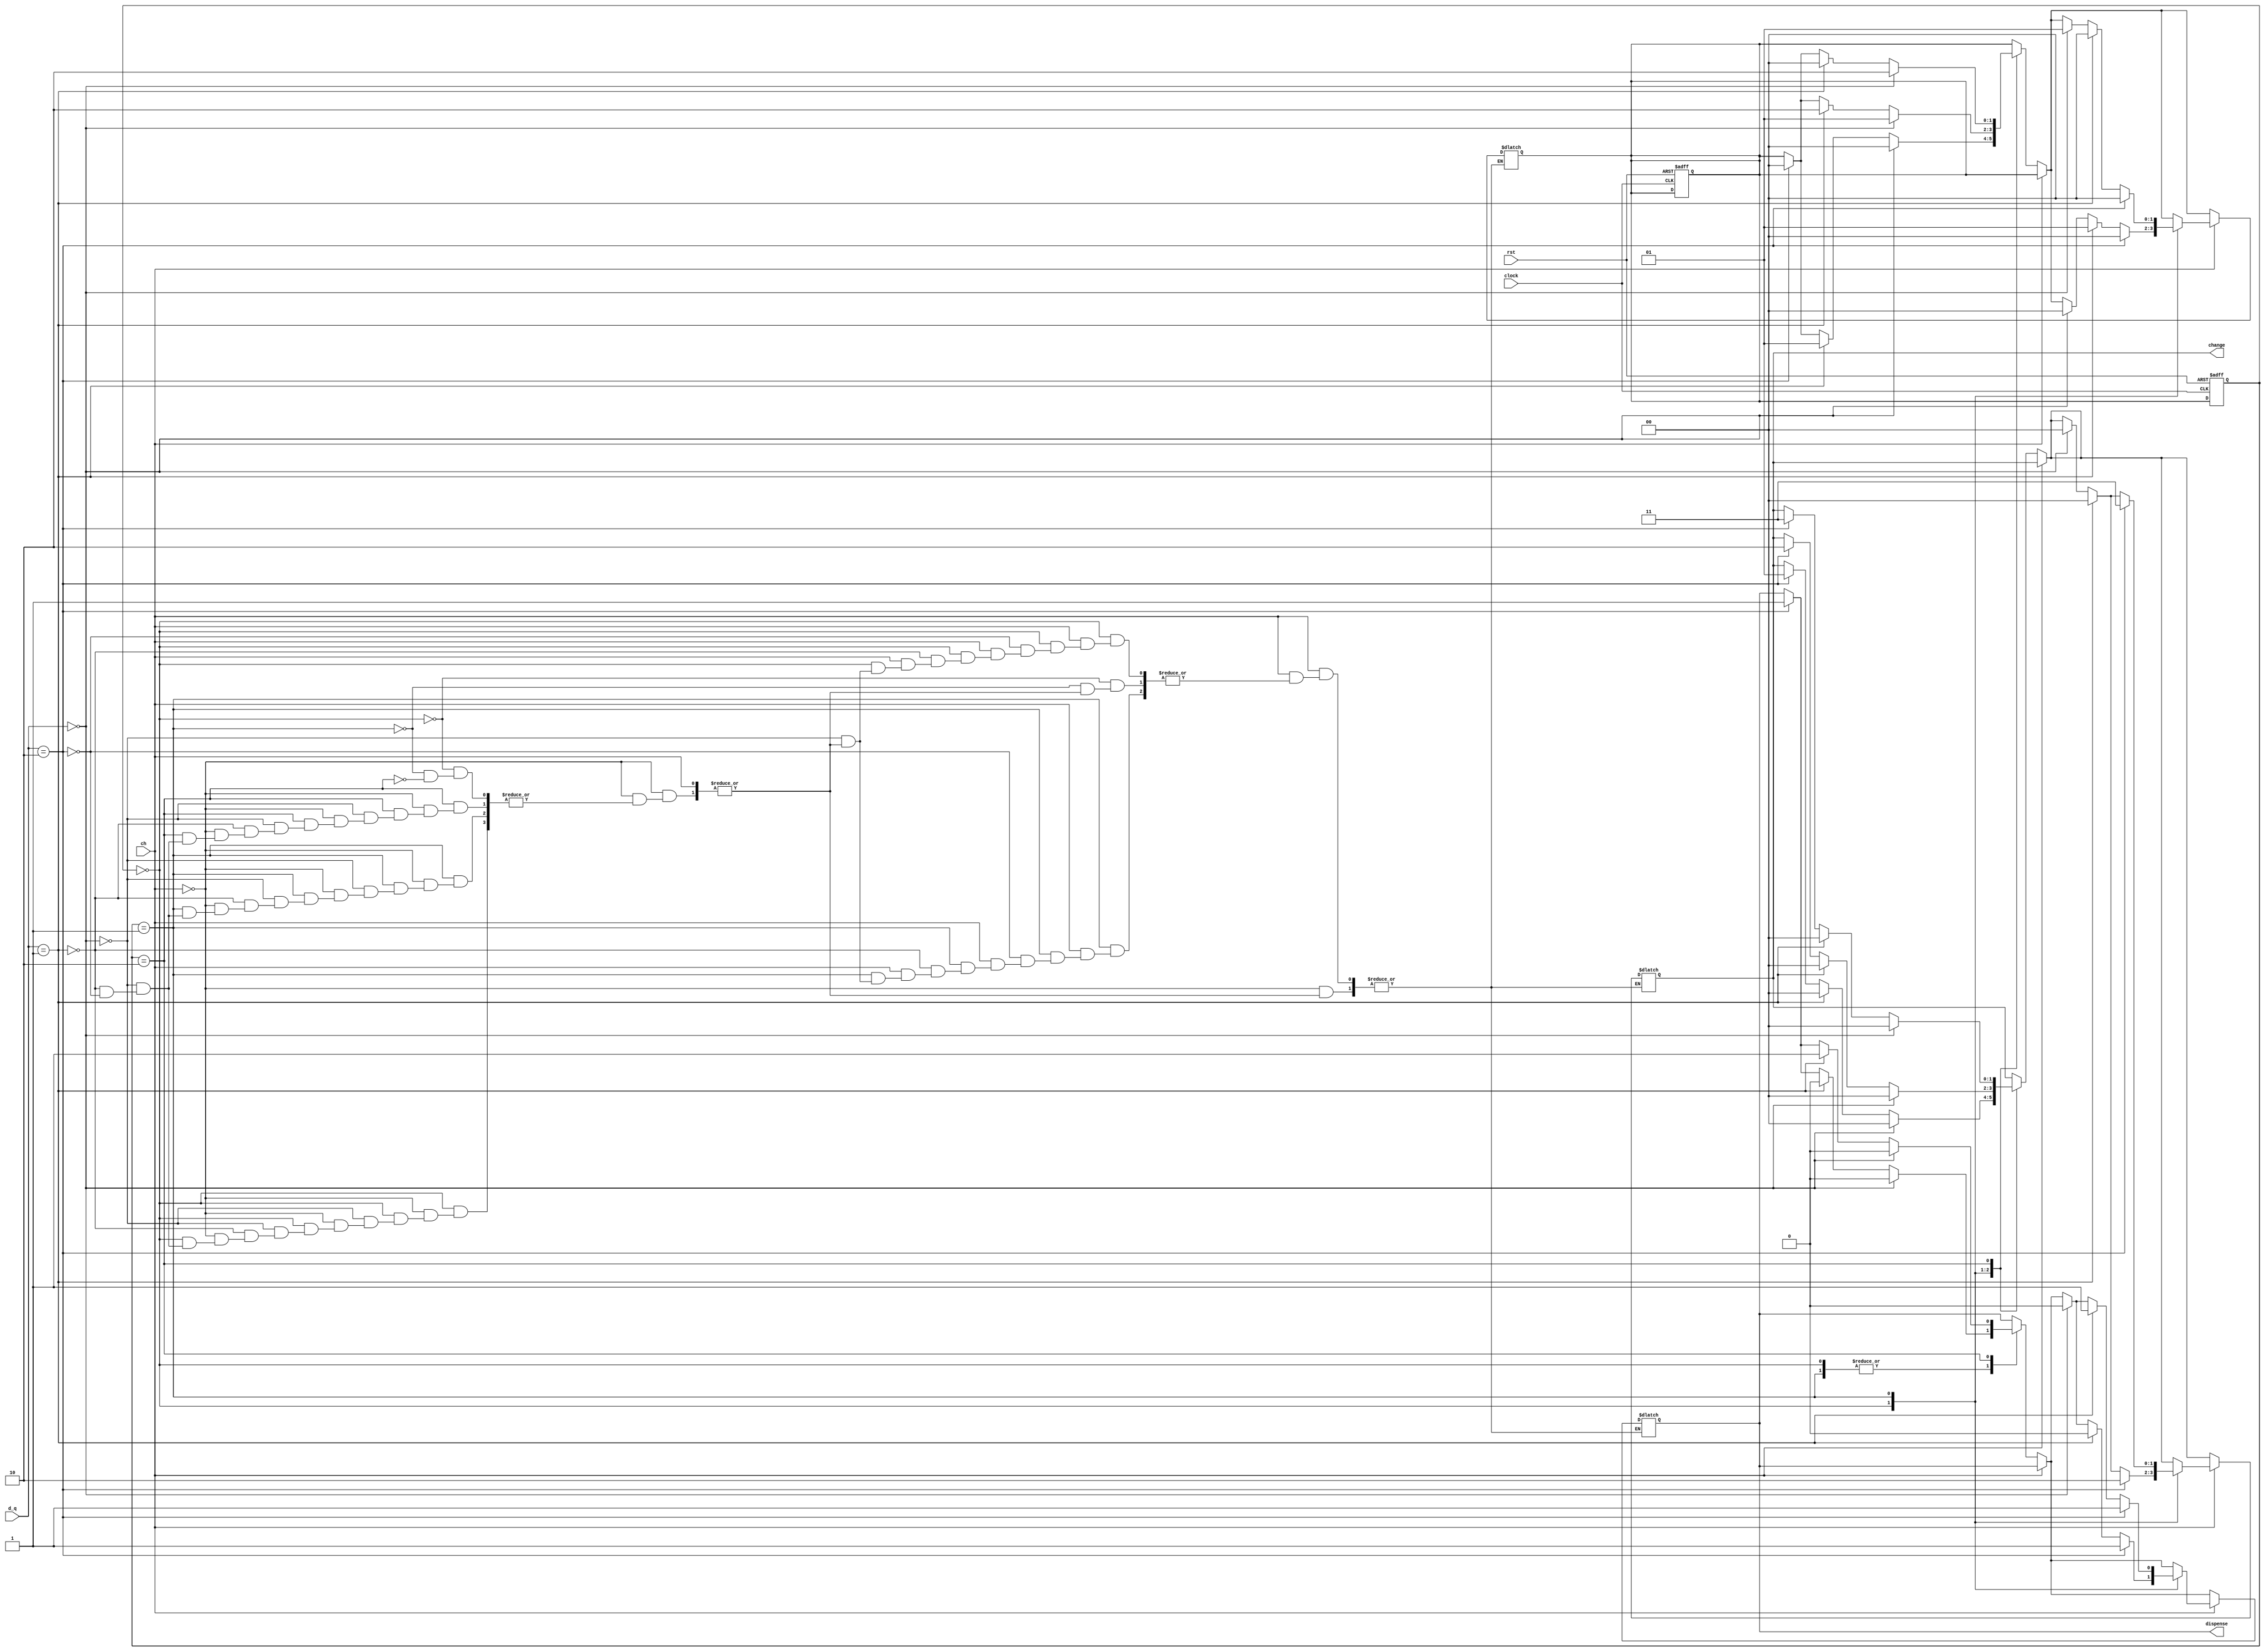
module tt_Vending_machine_add(
 input rst,
 input clock,
 input ch,//declaring rst, clock and ch as inputs
 input [1:0]d_q,
 output reg dispense,
 output reg [1:0]change// declaring d_q, dispense and change as outputs
 );
 reg [1:0]present_state,next_state;// declaring present and next states
 parameter s0=2'b00,s1=2'b01,s2=2'b10;
 //definng states s0 as 0cent s1 as 25cent & s2 as 50cents
 always@(d_q,present_state)// combinational block code
 begin
 if(ch==0)//if choice is chocolate
 begin
 case(present_state)
s0:
begin 
 if(d_q==2'b00) 
 begin //input is no coin
 next_state=s0;
 dispense=1'b0;
 change=2'b00; // no change
 end
 else if(d_q==2'b01)//input is a quarter coin
 begin
 next_state=s1;
 dispense=1'b0;
 change=2'b00; // no change
 end
 else if(d_q==2'b10)//input is a dollar coin 
 begin
 next_state=s0;
 dispense=1'b1;
 change=2'b01; // change is 25 cents
 end
end
s1:
 begin 
 if(d_q==2'b00)//input is no coin
 begin
 next_state=s1;
 dispense=1'b0;
 change=2'b00; // no change
 end 
 else if(d_q==2'b01)
 begin //input is a quarter coin 
 next_state=s2;
 dispense=1'b0;
 change=2'b00; // no change
 end
 else if (d_q==2'b10)
 begin //input is a dollar coin 
 next_state=s0;
 dispense=1'b1;
 change=2'b10; // change is 50 cents
 end
 end
s2:
 begin 
 if(d_q==2'b00)//input is no coin
 begin
 next_state=s2;
 dispense=1'b0;
 change=2'b00; // no change
 end 
 else if(d_q==2'b01)//input is a quarter coin 
 begin
 next_state=s0;
 dispense=1'b1;
 change=2'b00; // no change
 end
 else if(d_q==2'b10)//input is a dollar coin 
 begin
 next_state=s0;
 dispense=1'b1;
 change=2'b11; // change is 75 cents 
 end
 end
 endcase
 end
 if(ch==1)//if choice is vanilla
 begin
 case(present_state)
 s0:
 begin 
 if(d_q==2'b00)//input is no coin
 begin 
 next_state=s0;
 dispense=1'b0;
 change=2'b00; // no change
 end
 if(d_q==2'b01)// input is a quarter coin
 begin 
 next_state=s1;
 dispense=1'b0;
 change=2'b00;// no change
 end
 if(d_q==2'b10)// input is a dollar coin
 begin 
 next_state=s0;
 dispense=1'b1;
 change=2'b10; // change of 50 cents
 end
 end
 s1:
 begin
 if(d_q==2'b00)//input is no coin
 begin 
 next_state=s1;
 dispense=1'b0;
 change=2'b00; // no change
 end
 if(d_q==2'b01)// input is a quarter coin
 begin 
 next_state=s0;
 dispense=1'b1;
 change=2'b00;// no change
 end
 if(d_q==2'b10)// input is a dollar coin
 begin 
 next_state=s0;
 dispense=1'b1;
 change=2'b11; // change is 75 cents 
 end
 end
 endcase
 end
 end
 //sequential block code
 always@(posedge clock or negedge rst)
 begin
 if(~rst)
 begin
 present_state<=0;
 next_state<=0;//reset all states to Zero
 end
 else
 present_state<=next_state;
 end
endmodule